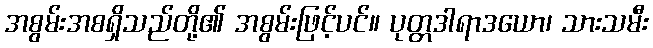
အစွမ်းအစရှိသည်တို့၏ အစွမ်းဖြင့်ပင်။ ပုတ္တဒါရာဒယော၊ သားသမီး